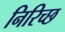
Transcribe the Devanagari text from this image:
निरिच्छ